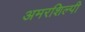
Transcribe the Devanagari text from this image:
अमरशिल्पी